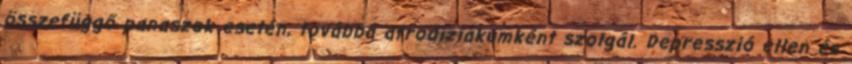
összefüggő panaszok esetén, továbbá afrodiziákumként szolgál. Depresszió ellen és